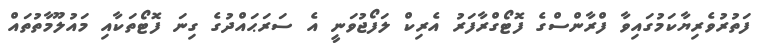
ފަތުރުވެރިޔާކަމުގައިވާ ފްރާންސްގެ ފޮޓޯގްރާފަރު އެރިކް ލަފޯޖުވަނީ އެ ސަރަޙައްދުގެ ގިނަ ފޮޓޯތަކާއި މައުލޫމާތުތައް